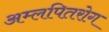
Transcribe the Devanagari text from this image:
अम्लपितरोग